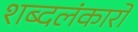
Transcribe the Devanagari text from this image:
शब्दलंकारों